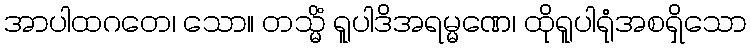
အာပါထဂတေ၊ သော။ တသ္မိံ ရူပါဒိအရမ္မဏေ၊ ထိုရူပါရုံအစရှိသော